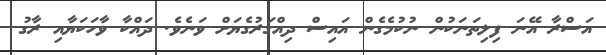
އަސްރާ އޭނަ ފިލިތަނަކުން ނުކުމެގެން އައިސް ދިއްގަރުގެޔަށް ވަނެވެ. ދައްކާ ވާހަކަޔާއި ރާގު